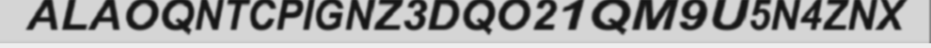
ALAOQNTCPIGNZ3DQO21QM9U5N4ZNX